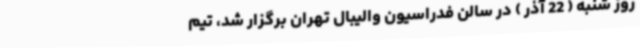
روز شنبه ( 22 آذر ) در سالن فدراسیون والیبال تهران برگزار شد، تیم